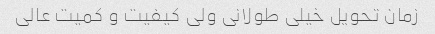
زمان تحویل خیلی طولانی ولی کیفیت و کمیت عالی